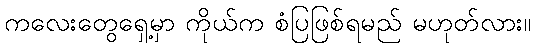
ကလေးတွေရှေ့မှာ ကိုယ်က စံပြဖြစ်ရမည် မဟုတ်လား။